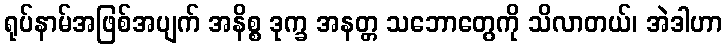
ရုပ်နာမ်အဖြစ်အပျက် အနိစ္စ ဒုက္ခ အနတ္တ သဘောတွေကို သိလာတယ်၊ အဲဒါဟာ